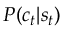
\textstyle P ( c _ { t } | s _ { t } )